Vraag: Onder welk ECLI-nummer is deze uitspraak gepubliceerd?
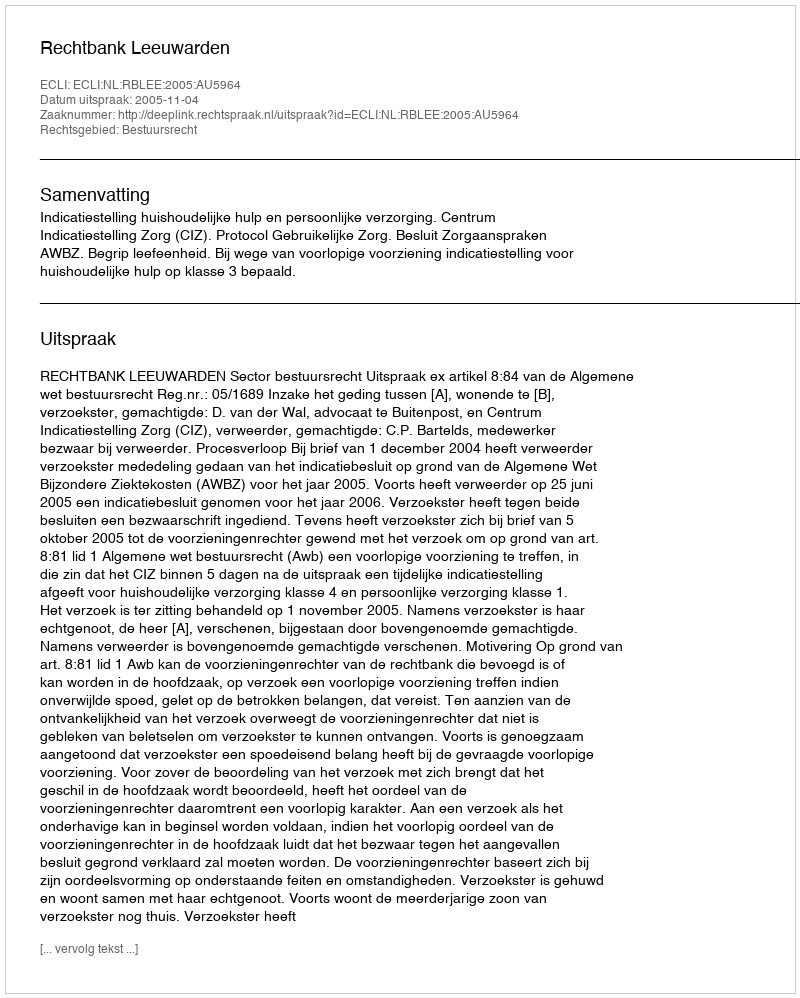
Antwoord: ECLI:NL:RBLEE:2005:AU5964